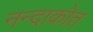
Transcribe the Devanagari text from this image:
नन्दाकोत